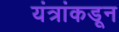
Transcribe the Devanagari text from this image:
यंत्रांकडून